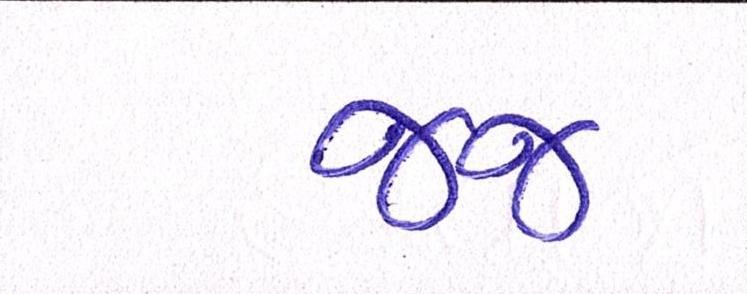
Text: જજ